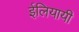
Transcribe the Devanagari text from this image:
ईलियायी